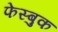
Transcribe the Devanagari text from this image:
फेस्बुक